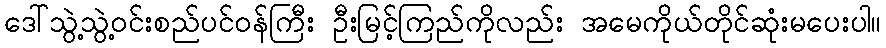
ဒေါ်သွဲ့သွဲ့ဝင်းစည်ပင်ဝန်ကြီး ဦးမြင့်ကြည်ကိုလည်း အမေကိုယ်တိုင်ဆုံးမပေးပါ။